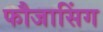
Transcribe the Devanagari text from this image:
फौजासिंग